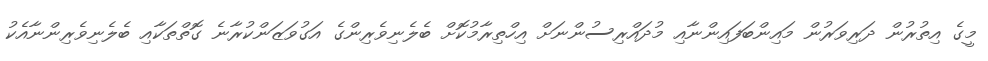
މީގެ އިތުރުން ދަރިވަރުން މައިންބަފައިންނާއި މުދައްރިސުންނަށް އިހްތިރާމުކޮށް ބެލެނިވެރިންގެ އަގުވަޒަންކުރާނެ ގޮތްތަކާއި ބެލެނިވެރިންނާއެކު